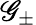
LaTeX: \mathscr{G}_{\pm}